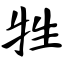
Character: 牲